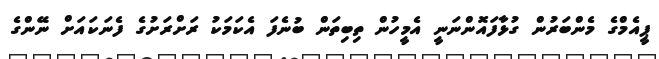
ޕީއެމްގެ މެންބަރުން ގުޅާފައޮންނަނީ އެމީހުން ތިބިތަން ބުނެފަ އެކަމަކު ރަށްރަށުގެ ފެނަކައަށް ނޭންގެ